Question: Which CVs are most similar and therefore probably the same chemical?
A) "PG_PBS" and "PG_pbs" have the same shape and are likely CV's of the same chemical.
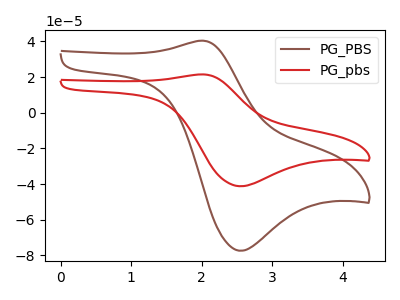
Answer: <think>The brown curve "PG_PBS" has an anodic peak at (2.00V, 40.40uA) and a cathodic peak at (2.55V, -77.35uA). The red curve "PG_pbs" has an anodic peak at (2.00V, 21.50uA) and a cathodic peak at (2.55V, -41.20uA).
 All the peaks in "PG_PBS" have a peak in "PG_pbs" at the same potential. Every peak in "PG_PBS" is higher than every peak in "PG_pbs".</think>
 <answer>A) "PG_PBS" and "PG_pbs" have the same shape and are likely CV's of the same chemical.</answer>
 <eval>A</eval>